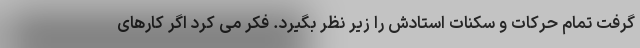
گرفت تمام حرکات و سکنات استادش را زیر نظر بگیرد. فکر می کرد اگر کارهای